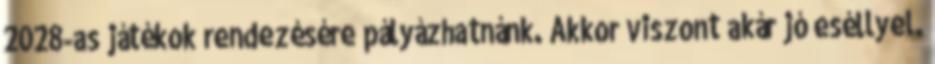
2028-as játékok rendezésére pályázhatnánk. Akkor viszont akár jó eséllyel.